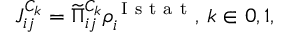
J _ { i j } ^ { C _ { k } } = \widetilde { \Pi } _ { i j } ^ { C _ { k } } \boldsymbol { \rho } _ { i } ^ { \mathrm { ~ I ~ s ~ t ~ a ~ t ~ } } , \, k \in { 0 , 1 } ,